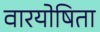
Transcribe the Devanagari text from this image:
वारयोषिता